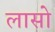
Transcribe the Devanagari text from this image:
लासो